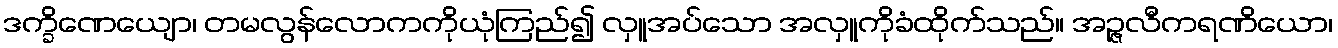
ဒက္ခိဏေယျော၊ တမလွန်လောကကိုယုံကြည်၍ လှူအပ်သော အလှူကိုခံထိုက်သည်။ အဉ္ဇလီကရဏိယော၊